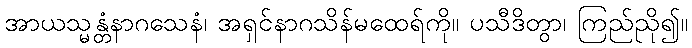
အာယသ္မန္တံနာဂသေနံ၊ အရှင်နာဂသိန်မထေရ်ကို။ ပသီဒိတွာ၊ ကြည်ညို၍။